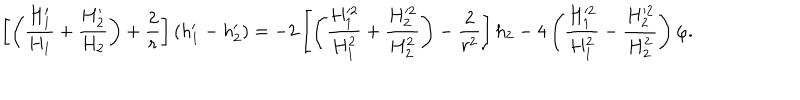
\left[ \left( { \frac { H _ { 1 } ^ { \prime } } { H _ { 1 } } } + { \frac { H _ { 2 } ^ { \prime } } { H _ { 2 } } } \right) + { \frac { 2 } { r } } \right] ( h _ { 1 } ^ { \prime } - h _ { 2 } ^ { \prime } ) = - 2 \left[ \left( { \frac { H _ { 1 } ^ { 2 } } { H _ { 1 } ^ { 2 } } } + { \frac { H _ { 2 } ^ { 2 } } { H _ { 2 } ^ { 2 } } } \right) - { \frac { 2 } { r ^ { 2 } } } \right] h _ { 2 } - 4 \left( { \frac { H _ { 1 } ^ { 2 } } { H _ { 1 } ^ { 2 } } } - { \frac { H _ { 2 } ^ { 2 } } { H _ { 2 } ^ { 2 } } } \right) \varphi .